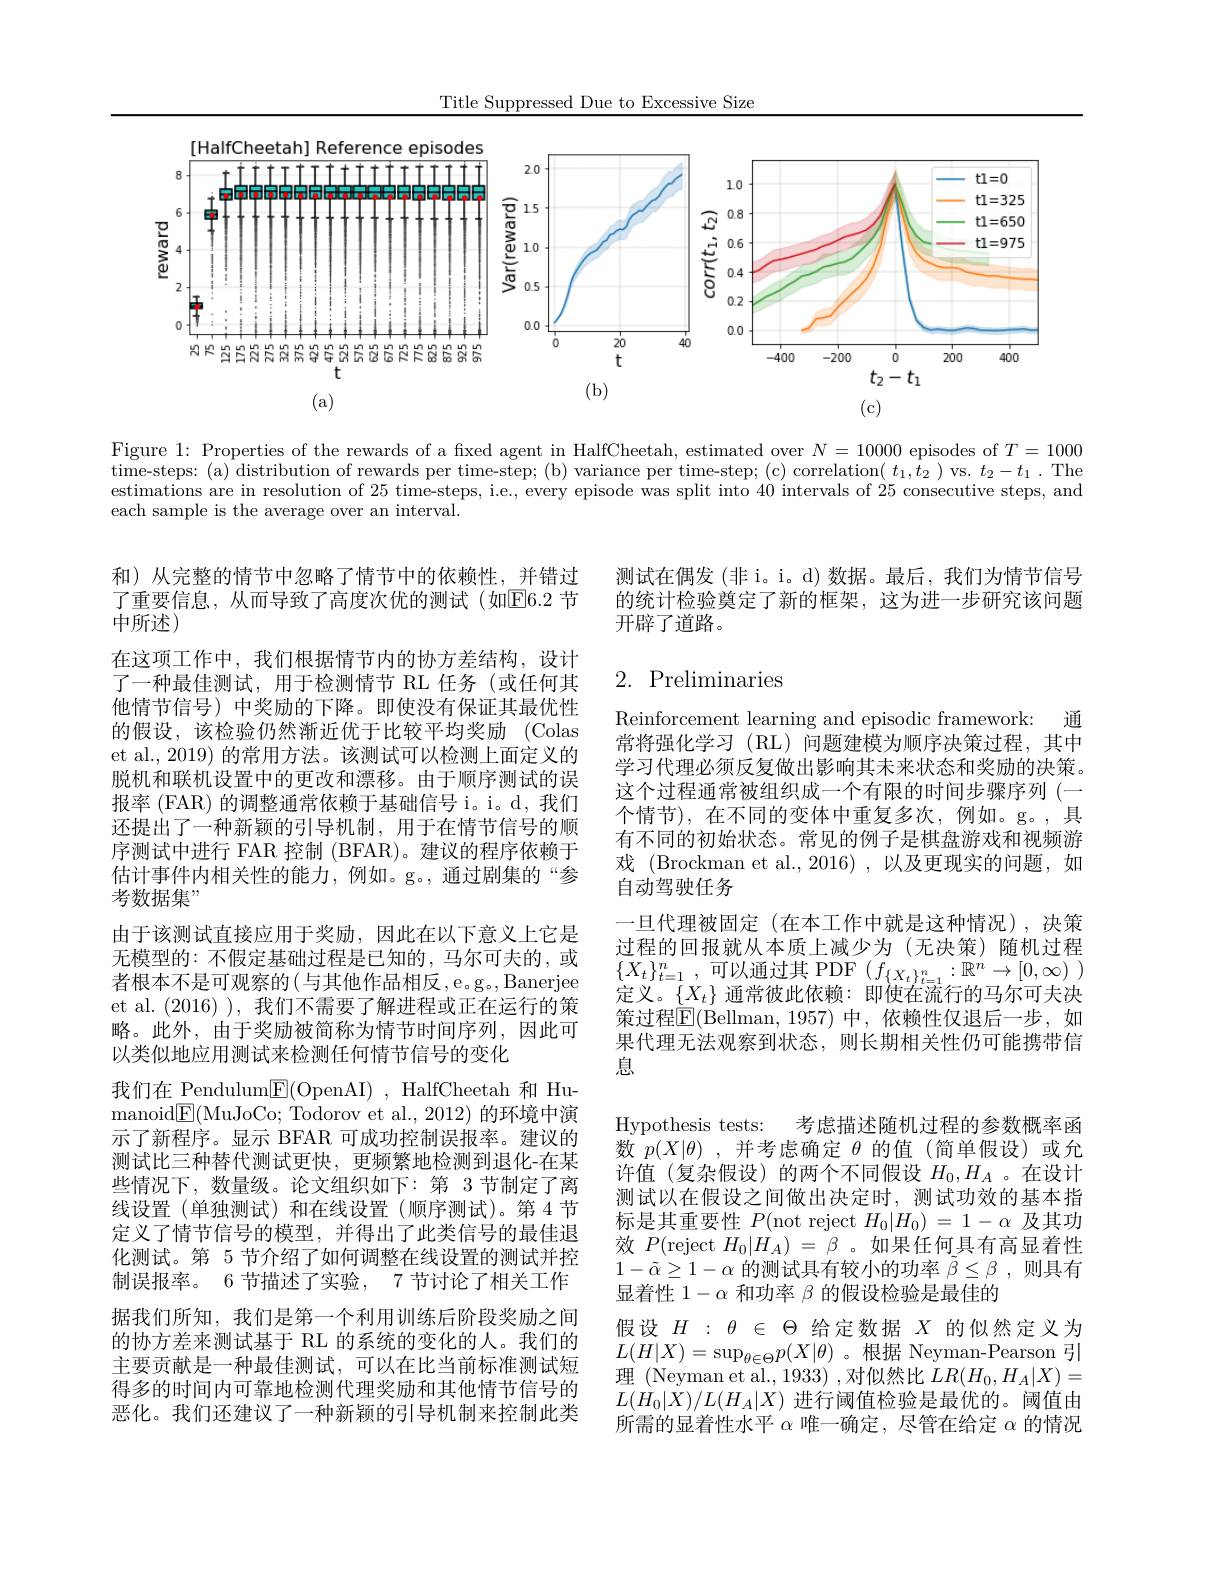
Title Suppressed Due to Excessive Size

<FigureHere>

Figure 1: Properties of the rewards of a fıxed agent in HalfCheetah, estimated over $N=10000$ episodes of $T=1000$ time- steps: ( a) distribution of rewards per time- step; ( b) variance per time- step; ( c) correlation( $t_1$, $t_2$ ) vs. $t_2$- $t_1$ . The estimations are in resolution of 25 time-steps, i.e., every episode was split into 40 intervals of 25 consecutive steps, and each sample is the average over an interval.

测试在偶发(非 i。i。d)数据。最后，我们为情节信号的统计检验奠定了新的框架，这为进一步研究该问题开辟了道路。

# 2. Preliminaries

和) 从完整的情节中忽略了情节中的依赖性，并错过了重要信息，从而导致了高度次优的测试(如$\overline{\mathrm{E}}6.2$ 节中所述)
在这项工作中，我们根据情节内的协方差结构，设计了一种最佳测试，用于检测情节 RL 任务(或任何其他情节信号) 中奖励的下降。即使没有保证其最优性的假设，该检验仍然渐近优于比较平均奖励 (Colas et al.,2019) 的常用方法。该测试可以检测上面定义的脱机和联机设置中的更改和漂移。由于顺序测试的误报率 (FAR) 的调整通常依赖于基础信号 i。d, 我们还提出了一种新颖的引导机制，用于在情节信号的顺序测试中进行 FAR 控制 (BFAR)。建议的程序依赖于估计事件内相关性的能力，例如。g。,通过剧集的“参考数据集”
由于该测试直接应用于奖励，因此在以下意义上它是无模型的：不假定基础过程是已知的，马尔可夫的，或者根本不是可观察的(与其他作品相反，e.g。,Banerjee et al. (2016) ),我们不需要了解进程或正在运行的策略。此外，由于奖励被简称为情节时间序列，因此可以类似地应用测试来检测任何情节信号的变化
我们在 Pendulum$\underline{\mathrm{E}}($OpenAI),HalfCheetah 和 Humanoid$\underline {{\mathrm{F} }}($MuJoCo; Todorov et al., 2012) 的环境中演示了新程序。显示 BFAR 可成功控制误报率。建议的测试比三种替代测试更快，更频繁地检测到退化-在某些情况下，数量级。论文组织如下：第 3 节制定了离线设置(单独测试)和在线设置(顺序测试)。第 4 节定义了情节信号的模型，并得出了此类信号的最佳退化测试。第 5 节介绍了如何调整在线设置的测试并控制误报率。6 节描述了实验，7 节讨论了相关工作据我们所知，我们是第一个利用训练后阶段奖励之间的协方差来测试基于 RL 的系统的变化的人。我们的主要贡献是一种最佳测试，可以在比当前标准测试短得多的时间内可靠地检测代理奖励和其他情节信号的恶化。我们还建议了一种新颖的引导机制来控制此类

Reinforcement learning and episodic framework: 通常将强化学习 (RL) 问题建模为顺序决策过程，其中学习代理必须反复做出影响其未来状态和奖励的决策。这个过程通常被组织成一个有限的时间步骤序列 (一个情节),在不同的变体中重复多次，例如。g。,具有不同的初始状态。常见的例子是棋盘游戏和视频游戏 (Brockman et al.,2016) ,以及更现实的问题，如自动驾驶任务
一旦代理被固定(在本工作中就是这种情况),决策过程的回报就从本质上减少为(无决策)随机过程$\{ X_{t}\} _{t= 1}^{n}$ ,可以通过其 PDF$(f_{\{X_{t}\}_{t=1}^{n}:\mathbb{R}^{n}\to[0,\infty)})$ 定义。$\{X_t\}$通常彼此依赖：即使在流行的马尔可夫决策过程$\overline{\mathrm{E}}($Bellman,1957)中，依赖性仅退后一步，如果代理无法观察到状态，则长期相关性仍可能携带信息
Hypothesis tests: 考虑描述随机过程的参数概率函数$p(X|\theta)$ ,并考虑确定$\theta$的值 (简单假设)或允许值(复杂假设)的两个不同假设$H_0,H_A$ 。在设计测试以在假设之间做出决定时，测试功效的基本指标是其重要性$P($not reject $H_0|H_0)=1-\alpha$及其功效$P($reject $H_0|H_A)=\beta$ 。如果任何具有高显着性$1-\tilde{\alpha}\geq1-\alpha$的测试具有较小的功率$\tilde{\beta}\leq\beta$ ,则具有显着性$1-\alpha$和功率$\beta$的假设检验是最佳的
假设$H:\theta\in\Theta$给定数据$X$的似然定义为$L(H|X)=\sup_{\theta\in\Theta}p(X|\theta)$。根据 Neyman-Pearson 引理 (Neyman et al., 1933) ,对似然比$LR(H_0,H_A|X)=$ $L(H_0|X)/L(H_A|X)$进行阈值检验是最优的。阈值由所需的显着性水平$\alpha$唯一确定，尽管在给定$\alpha$的情况